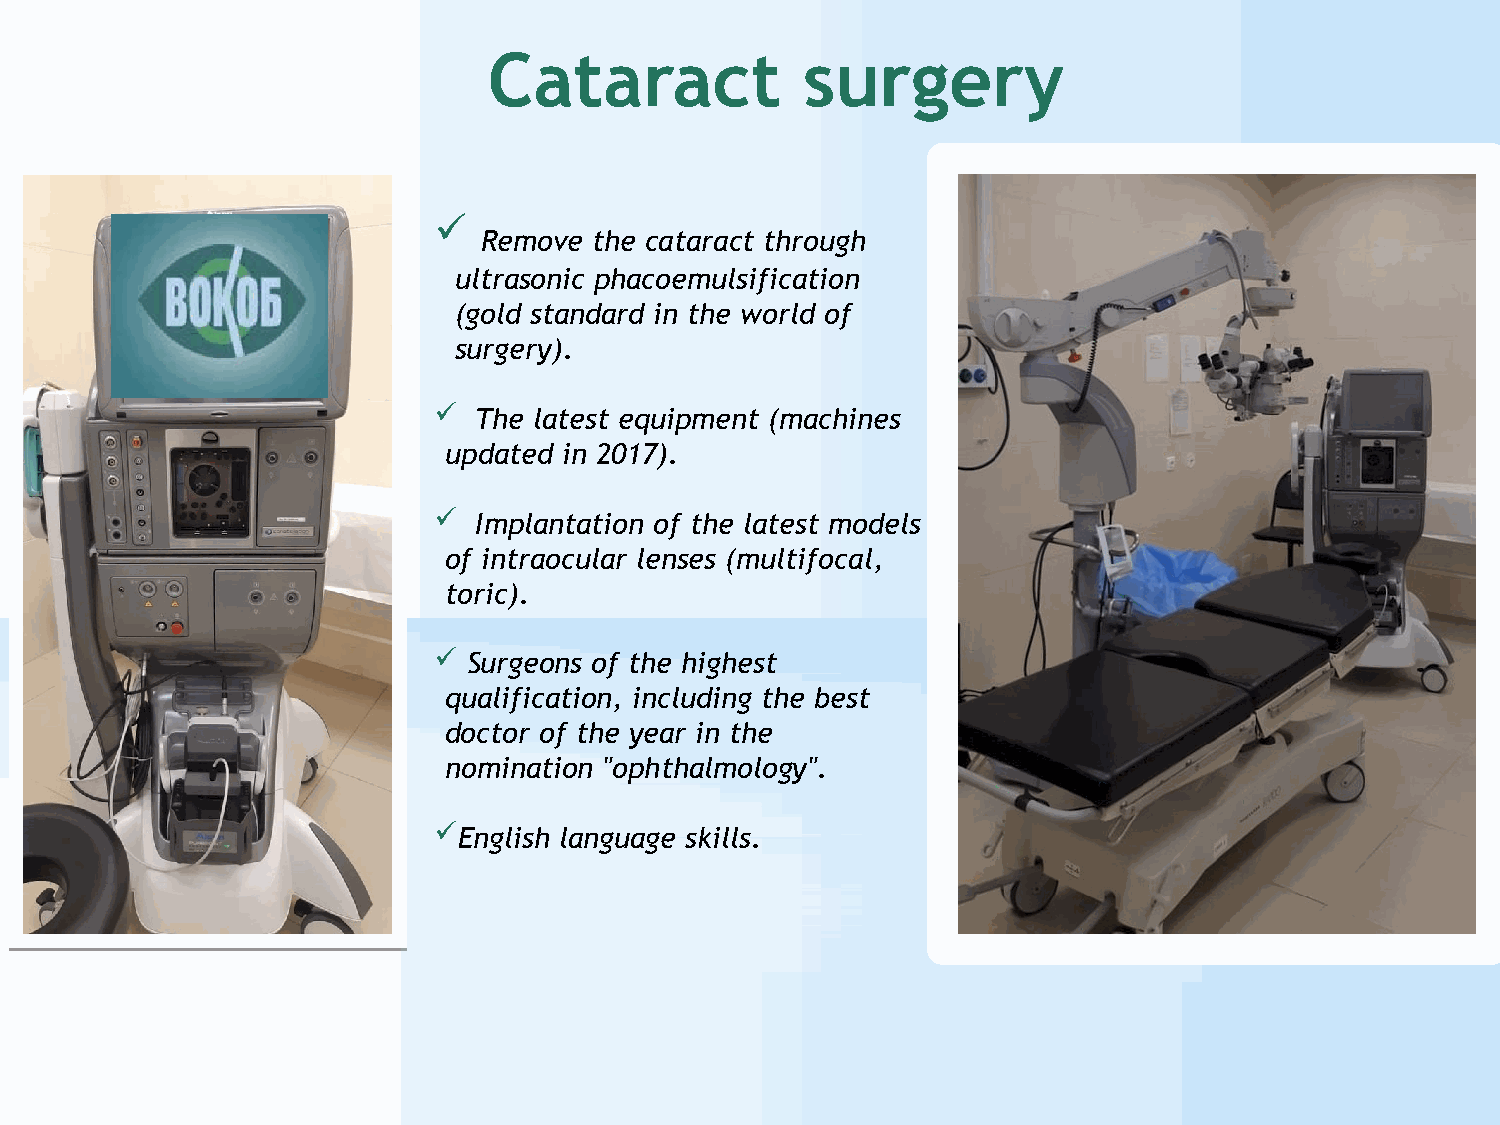
CОB»ataract          surgery
 
 Remove the cataract through
 ultrasonic phacoemulsification
 (gold standard in the world of
 surgery).
  The latest equipment (machines
 updated in 2017).
  Implantation of the latest models
 of intraocular lenses (multifocal,
 toric).
  Surgeons of the highest
 qualification, including the best
 doctor of the year in the
 nomination "ophthalmology".
 English language skills.